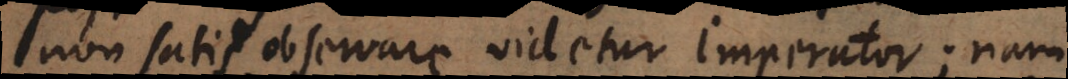
non satis observare videtur Imperator; nam